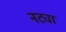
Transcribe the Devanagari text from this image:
नट्या